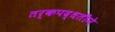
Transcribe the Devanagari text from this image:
तर्कपद्धतीने